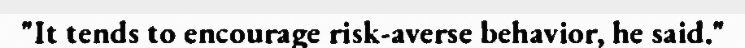
"It tends to encourage risk-averse behavior, he said."